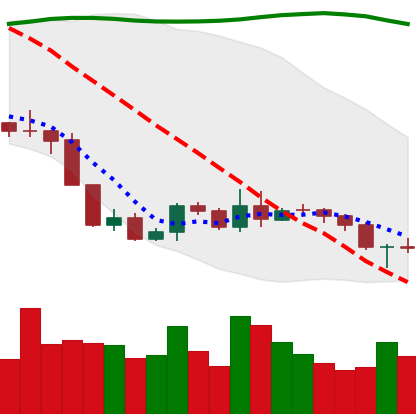
Ticker: BNB-USD
Chart end date: 2019-09-13
Forward return: 6.549%
Label: up_5_7